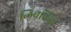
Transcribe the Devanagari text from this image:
लिबलिबा